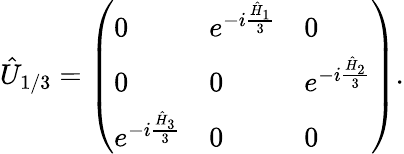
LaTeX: \hat{U}_{1/3}=\left(\begin{array}{lll}{0}&{e^{-i\frac{\hat{H}_{1}}{3}}}&{0}\\ {0}&{0}&{e^{-i\frac{\hat{H}_{2}}{3}}}\\ {e^{-i\frac{\hat{H}_{3}}{3}}}&{0}&{0}\end{array}\right).